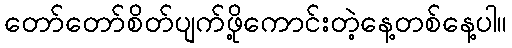
တော်တော်စိတ်ပျက်ဖို့ကောင်းတဲ့နေ့တစ်နေ့ပါ။